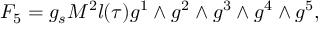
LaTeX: { \cal F } _ { 5 } = g _ { s } M ^ { 2 } l ( \tau ) g ^ { 1 } \wedge g ^ { 2 } \wedge g ^ { 3 } \wedge g ^ { 4 } \wedge g ^ { 5 } ,